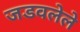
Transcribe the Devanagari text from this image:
जडवलेले